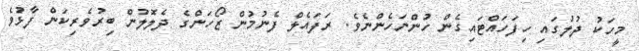
މީހަކު ދުލުގައި ހިފަހައްޓައިގެން ހުންނަހެންނެވެ. ރަފައެލް ފެނުމުން ޒޯހަންގެ ދެލޮލުން ބިރުވެރިކަން ފާޅުވެ